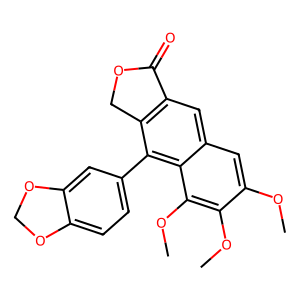
SMILES: COc1cc2cc3c(c(-c4ccc5c(c4)OCO5)c2c(OC)c1OC)COC3=O
Inhibits HIV replication: No